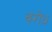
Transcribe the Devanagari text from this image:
वरोध